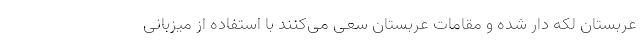
عربستان لکه دار شده و مقامات عربستان سعی می‌کنند با استفاده از میزبانی